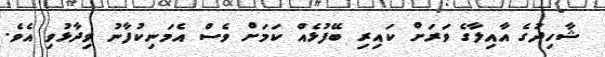
ޝާހިދުގެ އާއިލާގެ ވަރަށް ކައިރި ބޭފުޅެއް ކަމަށް ވެސް އެމަނިކުފާނު ވިދާޅުވި އެވެ.